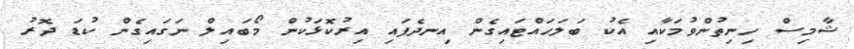
ޝާމިސް ހިނިތުންވުމަކާއި އެކު ބަލަހައްޓައިގެން އިނދެފައި އިރުކޮޅަކުން މޯބައިލް ނަގައިގެން ކުޑަ ދޮރު